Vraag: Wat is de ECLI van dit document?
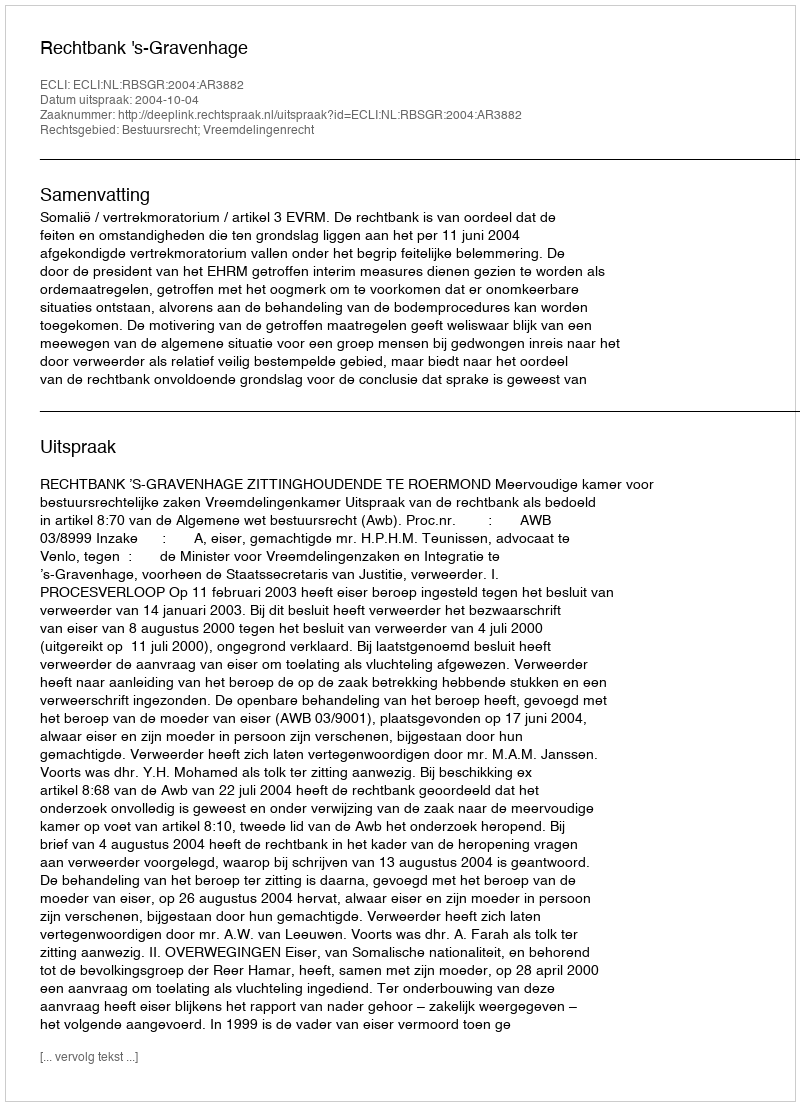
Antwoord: ECLI:NL:RBSGR:2004:AR3882